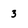
Character: 3